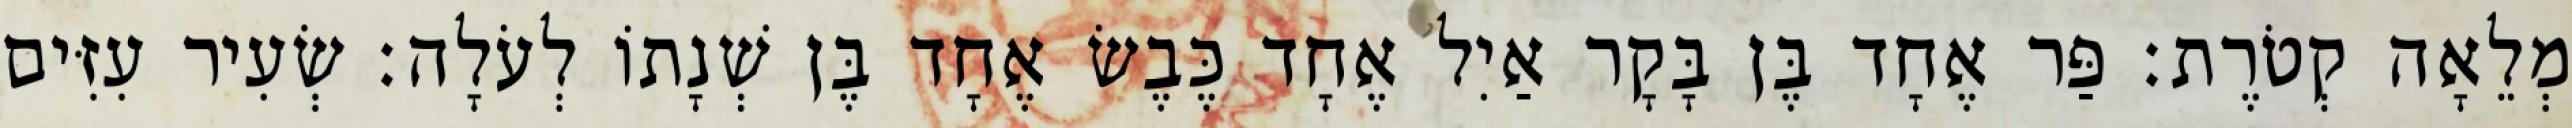
מְלֵאָה קְטֹרֶת׃ פַּר אֶחָד בֶּן בָּקָר אַיִל אֶחָד כֶּבֶשׂ אֶחָד בֶּן שְׁנָתוֹ לְעֹלָה׃ שְׂעִיר עִזִּים